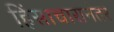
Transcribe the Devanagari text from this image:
हिंसाचारानंतर